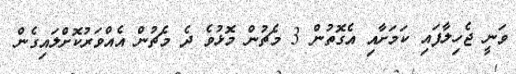
ވަނީ ޖެހިލާފައި ކަމަށާއި އެގޮތުން 3 މެޗުން މޮޅުވެ ދެ މެޗުން އެއްވަރުކޮށްލައިގެން